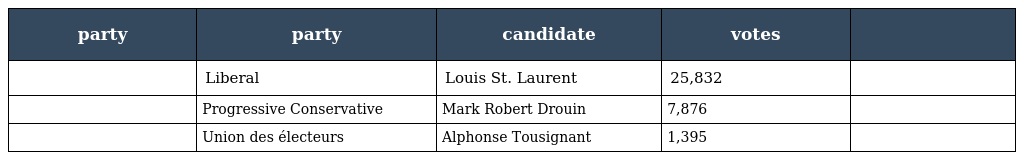
| party | party | candidate | votes |  |
 | --- | --- | --- | --- | --- |
 |  | Liberal | Louis St. Laurent | 25,832 |  |
 |  | Progressive Conservative | Mark Robert Drouin | 7,876 |  |
 |  | Union des électeurs | Alphonse Tousignant | 1,395 |  |